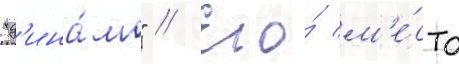
"д'ина́мо" // Его́ м'е́сто